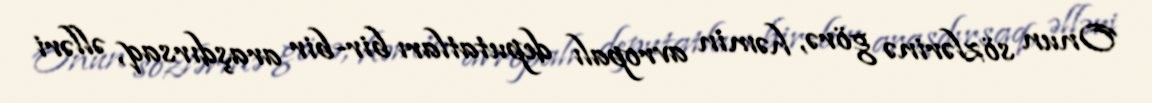
Onun sözlərinə görə, həmin avropalı deputatları bir-bir araşdırsaq, əlləri